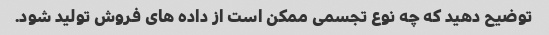
توضیح دهید که چه نوع تجسمی ممکن است از داده های فروش تولید شود.